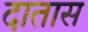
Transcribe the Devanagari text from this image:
दातास